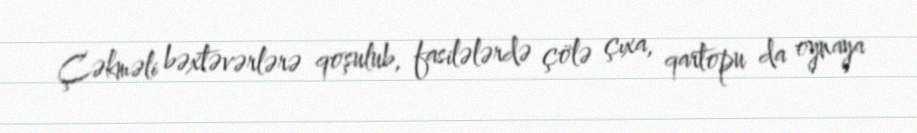
Çəkməli bəxtəvərlərə qoşulub, fasilələrdə çölə çıxa, qartopu da oynaya